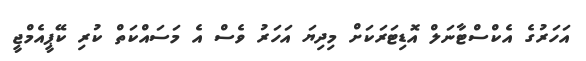
އަހަރުގެ އެކްސްޓާނަލް އޮޑިޓަރަކަށް މިދިޔަ އަހަރު ވެސް އެ މަސައްކަތް ކުރި ކޭޕީއެމްޖީ